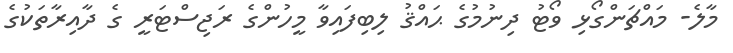
މާލެ- މައްޗަންގޯޅި ވޯޓު ދިނުމުގެ ޙައްޤު ލިބިފައިވާ މީހުންގެ ރަޖިސްޓަރީ ގެ ދާއިރާތަކުގެ